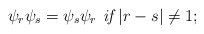
\begin{align*} \psi_r \psi_s=\psi_s \psi_r \textit{ if }|r-s|\neq 1;\end{align*}